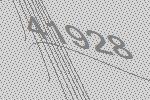
41928